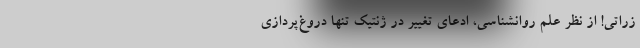
زراتی! از نظر علم روانشناسی، ادعای تغییر در ژنتیک تنها دروغ‌پردازی